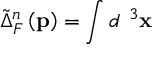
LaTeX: \tilde { \Delta } _ { F } ^ { n } \left( \mathbf { p } \right) = \int d ^ { \mathbf { \ } 3 } \mathbf { x }